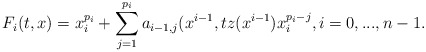
\begin{align*} F_i(t,x) = x_i^{p_i}+ \sum_{j=1}^{p_i} a_{i-1,j} (x^{i-1}, t z(x^{i-1} ) x_i^{p_i-j} , i=0, ... , n-1.\end{align*}